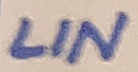
Text: LIN